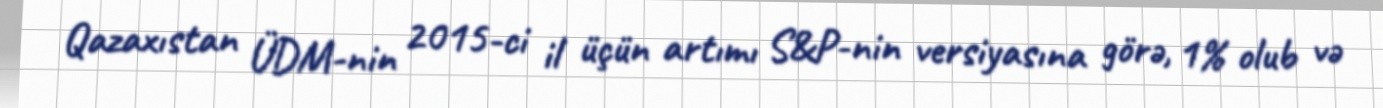
Qazaxıstan ÜDM-nin 2015-ci il üçün artımı S&P-nin versiyasına görə, 1% olub və